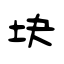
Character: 块